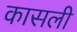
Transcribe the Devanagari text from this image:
कासली